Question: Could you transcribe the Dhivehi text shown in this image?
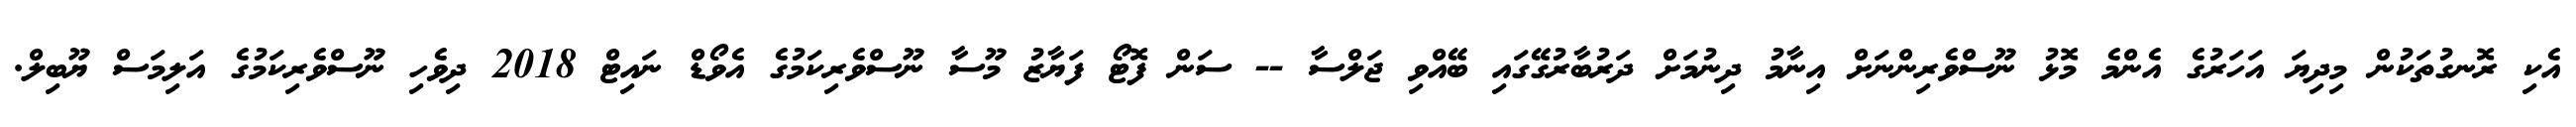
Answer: އެކި ރޮނގުތަކުން މިދިޔަ އަހަރުގެ އެންމެ މޮޅު ނޫސްވެރިންނަށް އިނާމު ދިނުމަށް ދަރުބާރުގޭގައި ބޭއްވި ޖަލްސާ -- ސަން ފޮޓޯ ފަޔާޒު މޫސާ ނޫސްވެރިކަމުގެ އެވޯޑް ނައިޓް 2018 ދިވެހި ނޫސްވެރިކަމުގެ އަލިމަސް ޔޫބިލް.